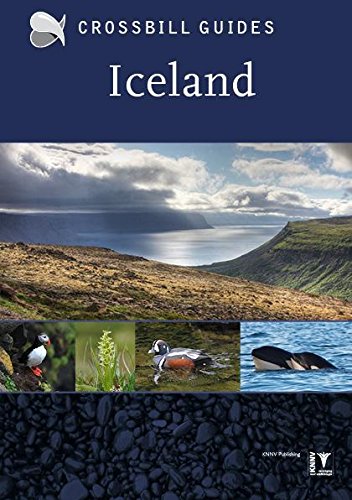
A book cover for Iceland; Andy Jones; Travel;